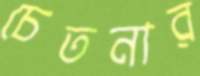
চেতনার